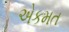
એકમત